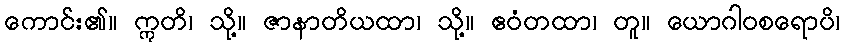
ကောင်း၏။ ဣတိ၊ သို့။ ဇာနာတိယထာ၊ သို့။ ဧဝံတထာ၊ တူ။ ယောဂါဝစရောပိ၊